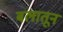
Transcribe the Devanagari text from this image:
बलातून